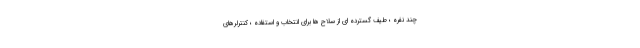
چند نفره ؛ طیف گسترده ای از سلاح ها برای انتخاب و استفاده ؛ کنترلرهای